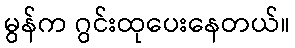
မွန်က ဂွင်းထုပေးနေတယ်။